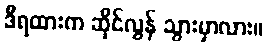
ဒီရထားက ဆိုင်လွန် သွားမှာလား။